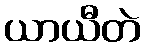
ယာယီတဲ